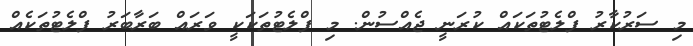
މި ސަރުކާރު ފްލެޓުތަކައް ކުރަނީ ޖެއްސުން. މި ފްލެޓުތަކަކީ ވަރައް ބަރާބަރު ފްލެޓުތަކެއް